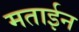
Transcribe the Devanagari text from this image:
मताईन